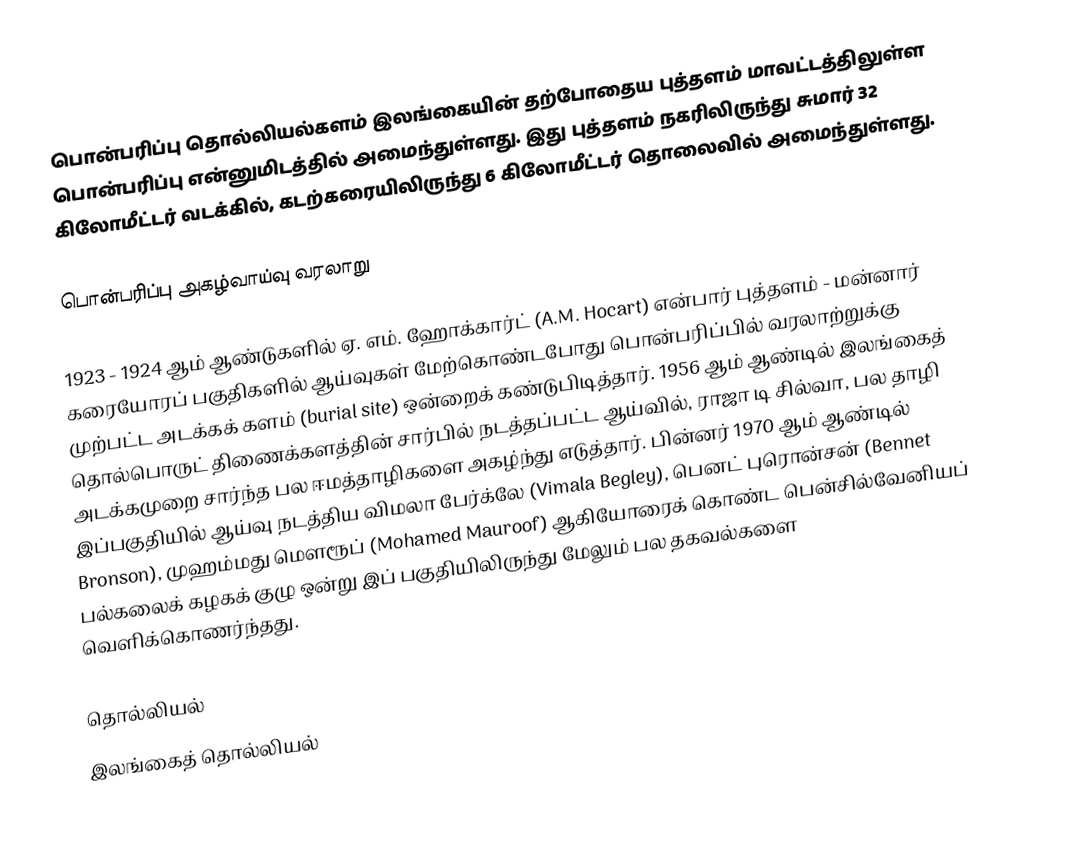
பொன்பரிப்பு தொல்லியல்களம் இலங்கையின் தற்போதைய புத்தளம் மாவட்டத்திலுள்ள பொன்பரிப்பு என்னுமிடத்தில் அமைந்துள்ளது. இது புத்தளம் நகரிலிருந்து சுமார் 32 கிலோமீட்டர் வடக்கில், கடற்கரையிலிருந்து 6 கிலோமீட்டர் தொலைவில் அமைந்துள்ளது.

பொன்பரிப்பு அகழ்வாய்வு வரலாறு

1923 - 1924 ஆம் ஆண்டுகளில் ஏ. எம். ஹோக்கார்ட் (A.M. Hocart) என்பார் புத்தளம் - மன்னார் கரையோரப் பகுதிகளில் ஆய்வுகள் மேற்கொண்டபோது பொன்பரிப்பில் வரலாற்றுக்கு முற்பட்ட அடக்கக் களம் (burial site) ஒன்றைக் கண்டுபிடித்தார். 1956 ஆம் ஆண்டில் இலங்கைத் தொல்பொருட் திணைக்களத்தின் சார்பில் நடத்தப்பட்ட ஆய்வில், ராஜா டி சில்வா, பல தாழி அடக்கமுறை சார்ந்த பல ஈமத்தாழிகளை அகழ்ந்து எடுத்தார். பின்னர் 1970 ஆம் ஆண்டில் இப்பகுதியில் ஆய்வு நடத்திய விமலா பேர்க்லே (Vimala Begley), பெனட் புரொன்சன் (Bennet Bronson), முஹம்மது மௌரூப் (Mohamed Mauroof) ஆகியோரைக் கொண்ட பென்சில்வேனியப் பல்கலைக் கழகக் குழு ஒன்று இப் பகுதியிலிருந்து மேலும் பல தகவல்களை வெளிக்கொணர்ந்தது.

தொல்லியல்
இலங்கைத் தொல்லியல்